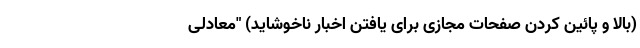
(بالا و پائین کردن صفحات مجازی برای یافتن اخبار ناخوشاید) "معادلی